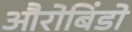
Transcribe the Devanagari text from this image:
औरोबिंडो